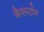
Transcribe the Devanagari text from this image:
कैपस्टोन